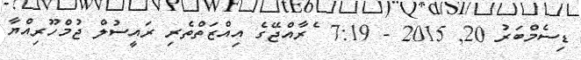
ޑިސެމްބަރު 20